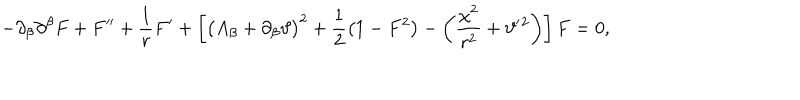
- \partial _ { \beta } \partial ^ { \beta } F + F ^ { \prime \prime } + \frac { 1 } { r } F ^ { \prime } + \left[ \big ( A _ { \beta } + \partial _ { \beta } \vartheta \big ) ^ { 2 } + \frac 1 2 \big ( 1 - F ^ { 2 } \big ) - \left( \frac { \chi ^ { 2 } } { r ^ { 2 } } + \vartheta ^ { \prime } { } ^ { 2 } \right) \right] F = 0 ,